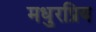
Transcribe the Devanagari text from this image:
मधुरप्रिय